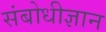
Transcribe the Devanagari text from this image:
संबोधीज्ञान